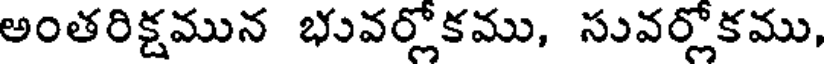
అంతరిక్షమున భువర్లోకము, సువర్లోకము,